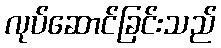
လုပ်ဆောင်ခြင်းသည်